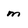
Character: m